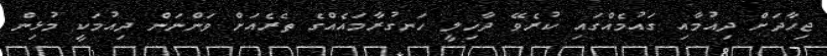
ޖިހާދަށް ދިއުމާއި ގައުމެެއްގައި ކުރެވޭ ދާޚިލީ ހަނގުރާމައެއްގެ ތެރެއަށް ވަންނަން ދިއުމަކީ މުޅިން